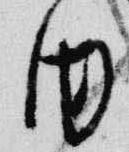
内